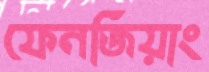
ফেনজিয়াং